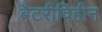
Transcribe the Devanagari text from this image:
बैटरीविहीन